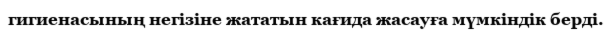
гигиенасының негізіне жататын кағида жасауға мүмкіндік берді.